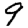
Digit: 9